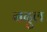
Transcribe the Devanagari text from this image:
नदुल